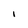
Character: I